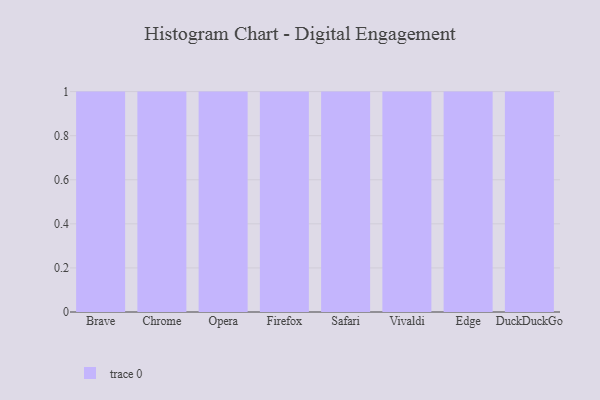
{"axis": {"x": "Browser", "y": "Budget (USD K)"}, "legend": [""], "data": [{"x": "Brave", "y": 11, "type": ""}, {"x": "Chrome", "y": 84, "type": ""}, {"x": "Opera", "y": 87, "type": ""}, {"x": "Firefox", "y": 86, "type": ""}, {"x": "Safari", "y": 70, "type": ""}, {"x": "Vivaldi", "y": 90, "type": ""}, {"x": "Edge", "y": 94, "type": ""}, {"x": "DuckDuckGo", "y": 1, "type": ""}]}